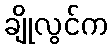
ချိုလွင်က